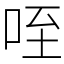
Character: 咥